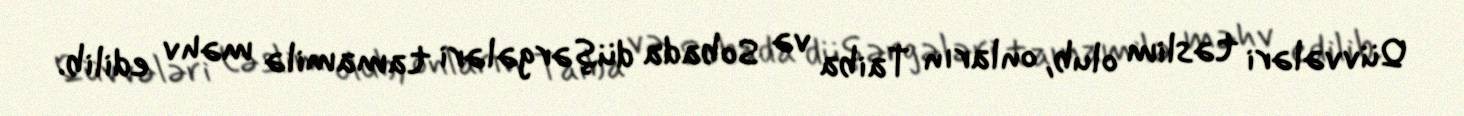
Qüvvələri təslim olub, onların Taiba və Sobada düşərgələri tamamilə məhv edilib.